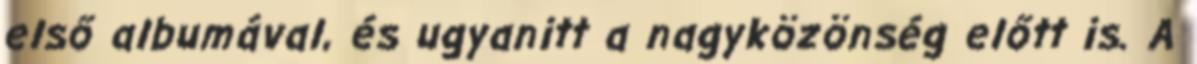
első albumával, és ugyanitt a nagyközönség előtt is. A